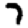
Digit: 7